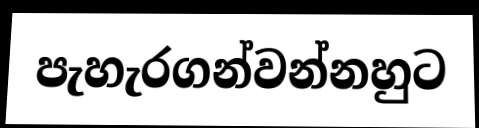
පැහැරගන්වන්නහුට